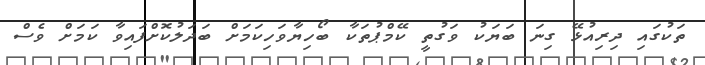
ތަކުގައި ދިރިއުޅޭ ގިނަ ބަޔަކު ވަގުތީ ކޭމްޕުތަކާ ބޯހިޔާވަހިކަމަށް ބަދަލުކޮށްފައިވާ ކަމަށް ވެސް